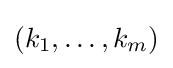
(k_{1},\ldots ,k_{m})